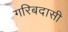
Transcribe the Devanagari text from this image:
गरिबदासी